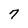
Character: 7